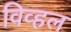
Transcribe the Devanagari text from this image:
विव्हल